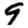
Digit: 9